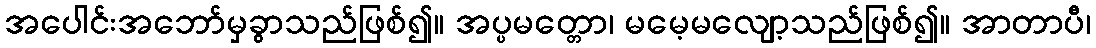
အပေါင်းအဘော်မှခွာသည်ဖြစ်၍။ အပ္ပမတ္တော၊ မမေ့မလျော့သည်ဖြစ်၍။ အာတာပီ၊